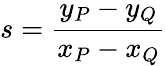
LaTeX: s={\frac{y_{P}-y_{Q}}{x_{P}-x_{Q}}}